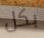
بكل